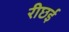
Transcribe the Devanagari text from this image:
रीछई